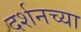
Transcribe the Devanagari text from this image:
दर्शनच्या